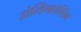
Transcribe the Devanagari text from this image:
होल्डिंगहोल्डिंग